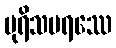
ပုရိသပရဿေ